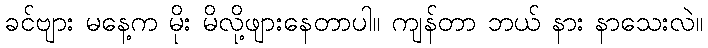
ခင်ဗျား မနေ့က မိုး မိလို့ဖျားနေတာပါ။ ကျန်တာ ဘယ် နား နာသေးလဲ။